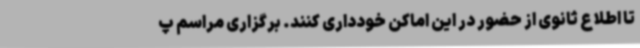
تا اطلاع ثانوی از حضور در این اماکن خودداری کنند. برگزاری مراسم پ